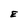
Character: E